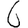
Digit: 6